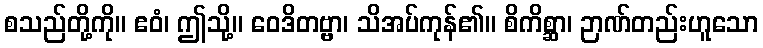
စသည်တို့ကို။ ဧဝံ၊ ဤသို့။ ဝေဒိတဗ္ဗာ၊ သိအပ်ကုန်၏။ စိကိစ္ဆာ၊ ဉာဏ်တည်းဟူသော